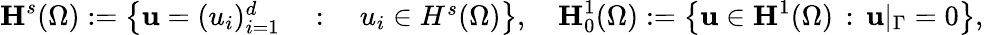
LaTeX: \begin{array}{r}{\textbf{H}^{s}(\Omega):=\left\lbrace\textbf{u}=(u_{i})_{i=1}^{d}\quad:\quad u_{i}\in H^{s}(\Omega)\right\rbrace,\quad\textbf{H}_{0}^{1}(\Omega):=\left\lbrace\textbf{u}\in\textbf{H}^{1}(\Omega)\, :\, \textbf{u}|_{\Gamma}=0\right\rbrace,}\end{array}